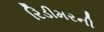
રિડીમરની